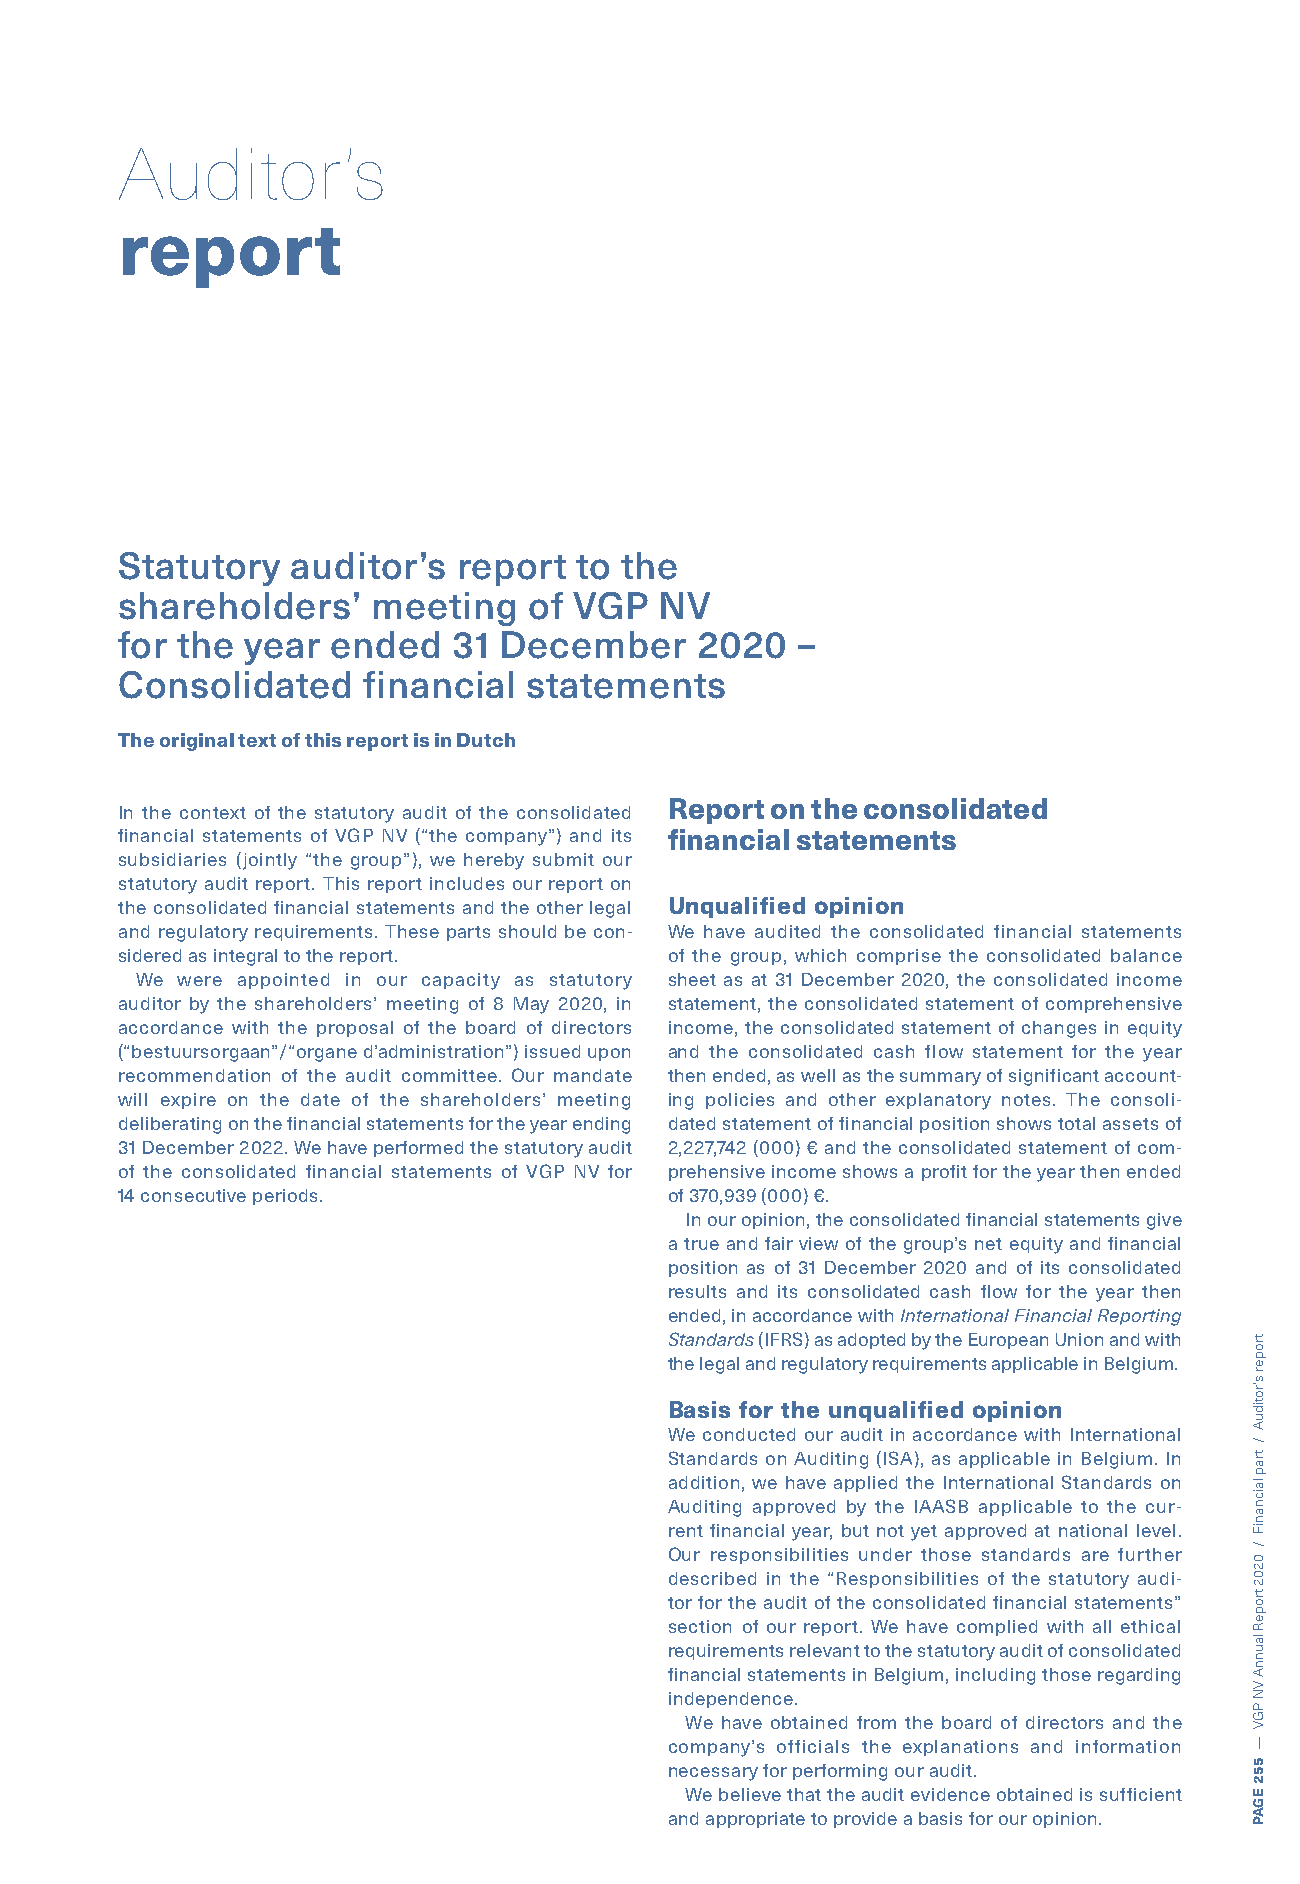
Auditor’s
 report
 Statutory  auditor’s  report  to the
 shareholders’    meeting   of VGP   NV
 for the year  ended   31 December     2020   –
 Consolidated    financial  statements
 The original text of this report is in Dutch
 Report on the consolidated
 In the context of the statutory audit of the consolidated
 financial statements of VGP NV (“the company”) and its fi nancial statements
 subsidiaries (jointly “the group”), we hereby submit our
 statutory audit report. This report includes our report on
 the consolidated financial statements and the other legal Unqualified opinion
 and regulatory requirements. These parts should be con- We have audited the consolidated financial statements
 sidered as integral to the report.  of the group, which comprise the consolidated balance
 We were appointed in our capacity as statutory sheet as at 31 December 2020, the consolidated income
 auditor by the shareholders’ meeting of 8 May 2020, in statement, the consolidated statement of comprehensive
 accordance with the proposal of the board of directors income, the consolidated statement of changes in equity
 (“bestuursorgaan”/“organe d’administration”) issued upon and the consolidated cash flow statement for the year
 recommendation of the audit committee. Our mandate then ended, as well as the summary of significant account-
 will expire on the date of the shareholders’ meeting ing policies and other explanatory notes. The consoli-
 deliberating on the financial statements for the year ending dated statement of financial position shows total assets of
 31 December 2022. We have performed the statutory audit 2,227,742 (000) € and the consolidated statement of com-
 of the consolidated financial statements of VGP NV for prehensive income shows a profit for the year then ended
 14 consecutive periods.             of 370,939 (000) €.
 In our opinion, the consolidated fi nancial statements give
 a true and fair view of the group’s net equity and fi nancial
 position as of 31 December 2020 and of its consolidated
 results and its consolidated cash flow for the year then
 ended, in accordance with International Financial Reporting
 Standards (IFRS) as adopted by the European Union and with
 the legal and regulatory requirements applicable in Belgium.
 Basis for the unqualified opinion
 We conducted our audit in accordance with International
 Standards on Auditing (ISA), as applicable in Belgium. In
 addition, we have applied the International Standards on
 Auditing approved by the IAASB applicable to the cur-
 rent financial year, but not yet approved at national level.
 Our responsibilities under those standards are further
 described in the “Responsibilities of the statutory audi-
 tor for the audit of the consolidated financial statements”
 section of our report. We have complied with all ethical
 requirements relevant to the statutory audit of consolidated
 financial statements in Belgium, including those regarding
 independence.
 We have obtained from the board of directors and the
 company’s officials the explanations and information
 necessary for performing our audit.
 We believe that the audit evidence obtained is sufficient
 and appropriate to provide a basis for our opinion.
 troper
 s’rotiduA
 /
 trap
 laicnaniF
 /
 0202
 tropeR
 launnA
 VN
 PGV
 —
 552
 EGAP